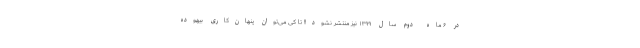
در ۶ ماه دوم سال ۱۳۹۹ نیز منتشر نشود!! تا کی می‌توان پنهان‌کاری بیهوده